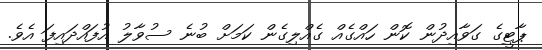
ޕާޓީގެ ގަވާއިދުން ކޮން ހައްގެއް ގެއްލިގެން ކަމަށް ބުނެ ސުވާލު އުފައްދައިފަ އެވެ.